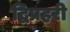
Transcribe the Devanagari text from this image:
द्विप्रहरी